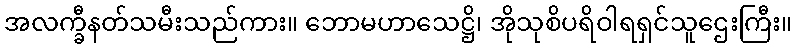
အလက္ခီနတ်သမီးသည်ကား။ ဘောမဟာသေဋ္ဌိ၊ အိုသုစိပရိဝါရရှင်သူဌေးကြီး။